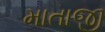
માતાજી